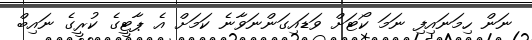
ނަން ހިމަނައިފި ނަމަ ކޯޓަށް ވަޑައިގަންނަވާނެ ކަމަށް އެ ޕާޓީގެ ކުރީގެ ނައިބް